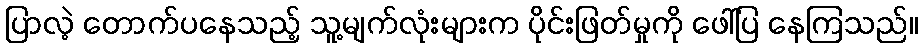
ပြာလဲ့ တောက်ပနေသည့် သူ့မျက်လုံးများက ပိုင်းဖြတ်မှုကို ဖေါ်ပြ နေကြသည်။